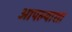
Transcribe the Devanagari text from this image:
आपल्याशा